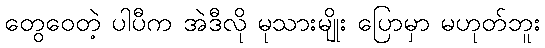
တွေဝေတဲ့ ပါပီက အဲဒီလို မုသားမျိုး ပြောမှာ မဟုတ်ဘူး